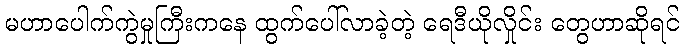
မဟာပေါက်ကွဲမှုကြီးကနေ ထွက်ပေါ်လာခဲ့တဲ့ ရေဒီယိုလှိုင်း တွေဟာဆိုရင်